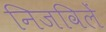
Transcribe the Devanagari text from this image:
निजविलें